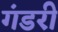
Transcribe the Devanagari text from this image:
गंडरी